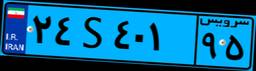
۲۴S۴۰۱۹۵